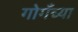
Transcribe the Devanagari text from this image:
गोगँच्या